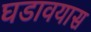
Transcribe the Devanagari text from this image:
घडावयास